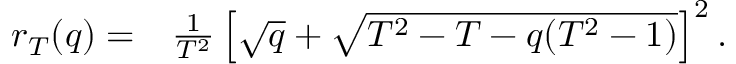
\begin{array} { r l } { r _ { T } ( q ) = } & { { } \frac { 1 } { T ^ { 2 } } \left[ \sqrt { q } + \sqrt { T ^ { 2 } - T - q ( T ^ { 2 } - 1 ) } \right] ^ { 2 } . } \end{array}